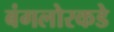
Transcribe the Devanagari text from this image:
बंगलोरकडे